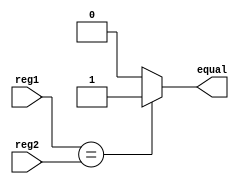
module RegisterCompare(reg1,reg2,equal);

//Inputs
input [15:0] reg1,reg2;

//Outputs
output reg equal;

always @(reg1,reg2)
begin
	if(reg1 == reg2)
		equal = 1;
	else
		equal = 0;
end//always


endmodule